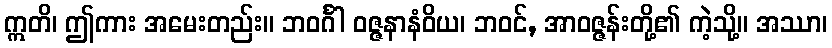
ဣတိ၊ ဤကား အမေးတည်း။ ဘဝင်္ဂါ ဝဇ္ဇနာနံဝိယ၊ ဘဝင်, အာဝဇ္ဇန်းတို့၏ ကဲ့သို့။ အဿာ၊